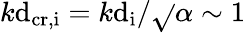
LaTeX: k\mathrm{d}_{\mathrm{{cr,i}}}=k\mathrm{d}_{\mathrm{{i}}}/\sqrt{}{{\alpha}}\sim1